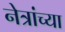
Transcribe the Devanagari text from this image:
नेत्रांच्या